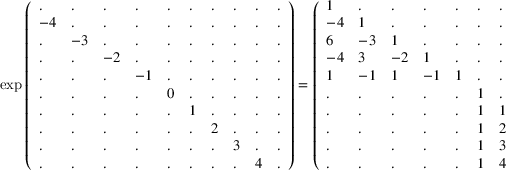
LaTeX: \exp { \left( \begin{array} { l l l l l l l l l l } { . } & { . } & { . } & { . } & { . } & { . } & { . } & { . } & { . } & { . } \\ { - 4 } & { . } & { . } & { . } & { . } & { . } & { . } & { . } & { . } & { . } \\ { . } & { - 3 } & { . } & { . } & { . } & { . } & { . } & { . } & { . } & { . } \\ { . } & { . } & { - 2 } & { . } & { . } & { . } & { . } & { . } & { . } & { . } \\ { . } & { . } & { . } & { - 1 } & { . } & { . } & { . } & { . } & { . } & { . } \\ { . } & { . } & { . } & { . } & { 0 } & { . } & { . } & { . } & { . } & { . } \\ { . } & { . } & { . } & { . } & { . } & { 1 } & { . } & { . } & { . } & { . } \\ { . } & { . } & { . } & { . } & { . } & { . } & { 2 } & { . } & { . } & { . } \\ { . } & { . } & { . } & { . } & { . } & { . } & { . } & { 3 } & { . } & { . } \\ { . } & { . } & { . } & { . } & { . } & { . } & { . } & { . } & { 4 } & { . } \end{array} \right) } = { \left( \begin{array} { l l l l l l l l l l } { 1 } & { . } & { . } & { . } & { . } & { . } & { . } & { . } & { . } & { . } \\ { - 4 } & { 1 } & { . } & { . } & { . } & { . } & { . } & { . } & { . } & { . } \\ { 6 } & { - 3 } & { 1 } & { . } & { . } & { . } & { . } & { . } & { . } & { . } \\ { - 4 } & { 3 } & { - 2 } & { 1 } & { . } & { . } & { . } & { . } & { . } & { . } \\ { 1 } & { - 1 } & { 1 } & { - 1 } & { 1 } & { . } & { . } & { . } & { . } & { . } \\ { . } & { . } & { . } & { . } & { . } & { 1 } & { . } & { . } & { . } & { . } \\ { . } & { . } & { . } & { . } & { . } & { 1 } & { 1 } & { . } & { . } & { . } \\ { . } & { . } & { . } & { . } & { . } & { 1 } & { 2 } & { 1 } & { . } & { . } \\ { . } & { . } & { . } & { . } & { . } & { 1 } & { 3 } & { 3 } & { 1 } & { . } \\ { . } & { . } & { . } & { . } & { . } & { 1 } & { 4 } & { 6 } & { 4 } & { 1 } \end{array} \right) }